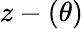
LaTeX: z-(\theta)